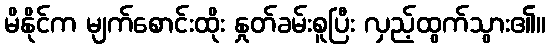
မိနိုင်က မျက်စောင်းထိုး နှုတ်ခမ်းစူပြီး လှည့်ထွက်သွား၏။